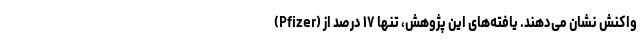
(Pfizer) واکنش نشان می‌دهند. یافته‌های این پژوهش، تنها ۱۷ درصد از